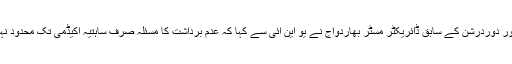
جے پور دوردرشن کے سابق ڈائریکٹر مسٹر بھاردواج نے يو این آئی سے کہا کہ عدم برداشت کا مسئلہ صرف ساہتیہ اکیڈمی تک محدود نہیں تھا۔